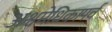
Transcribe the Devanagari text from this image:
अश्वमेधिकापर्व